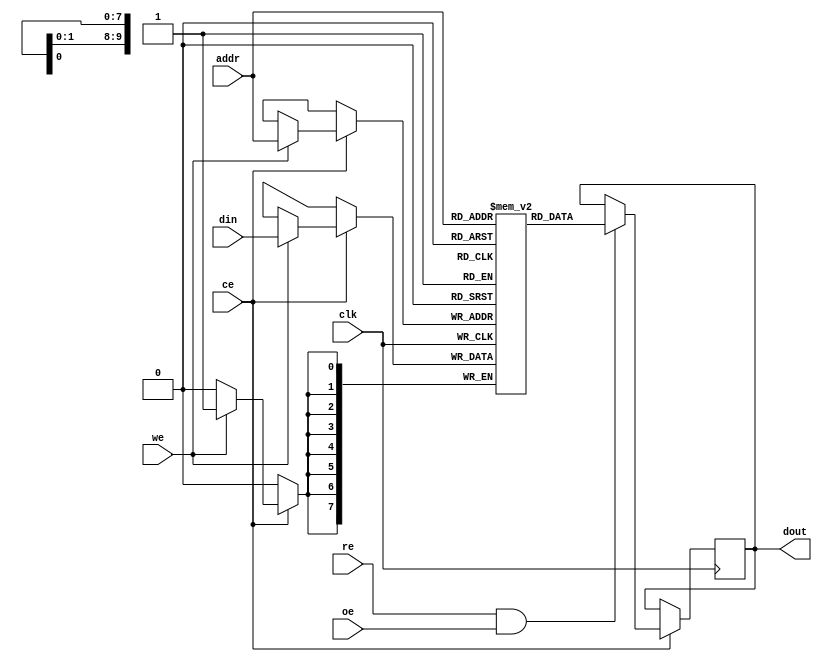
module sync_sram #(
    parameter DATA_WIDTH = 8,      // Configurable data width (8, 16, 32 bits)
    parameter ADDR_WIDTH = 10       // Address width (for 1KB of memory)
) (
    input wire clk,                 // Clock signal
    input wire we,                  // Write enable signal
    input wire re,                  // Read enable signal
    input wire [ADDR_WIDTH-1:0] addr, // Address input
    input wire [DATA_WIDTH-1:0] din,  // Data input
    output reg [DATA_WIDTH-1:0] dout, // Data output
    input wire ce,                  // Chip enable
    input wire oe                   // Output enable
);

    // Memory array declaration
    reg [DATA_WIDTH-1:0] mem [(2**ADDR_WIDTH)-1:0]; // 2D array for memory

    // Read and Write operations
    always @(posedge clk) begin
        if (ce) begin
            if (we) begin
                // Write operation
                mem[addr] <= din; // Write data to memory
            end
            if (re && oe) begin
                // Read operation
                dout <= mem[addr]; // Read data from memory
            end
        end
    end

endmodule